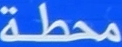
محطة